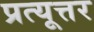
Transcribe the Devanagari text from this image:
प्रत्यूत्तर